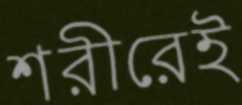
শরীরেই